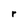
Character: r